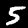
Label: 5